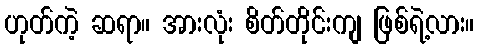
ဟုတ်ကဲ့ ဆရာ။ အားလုံး စိတ်တိုင်းကျ ဖြစ်ရဲ့လား။